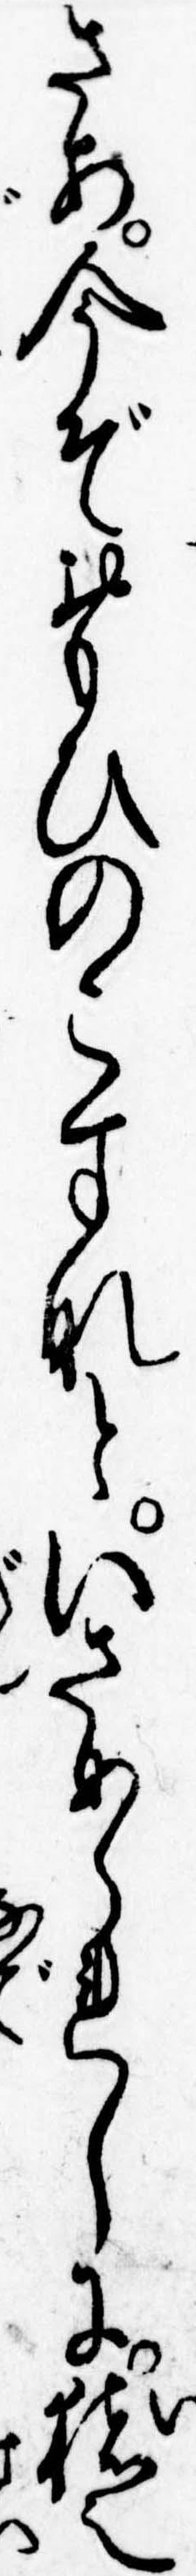
さあ今ぞおもひのこすなといさめられしに猪之